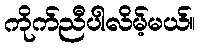
ကိုက်ညီပါလိမ့်မယ်။